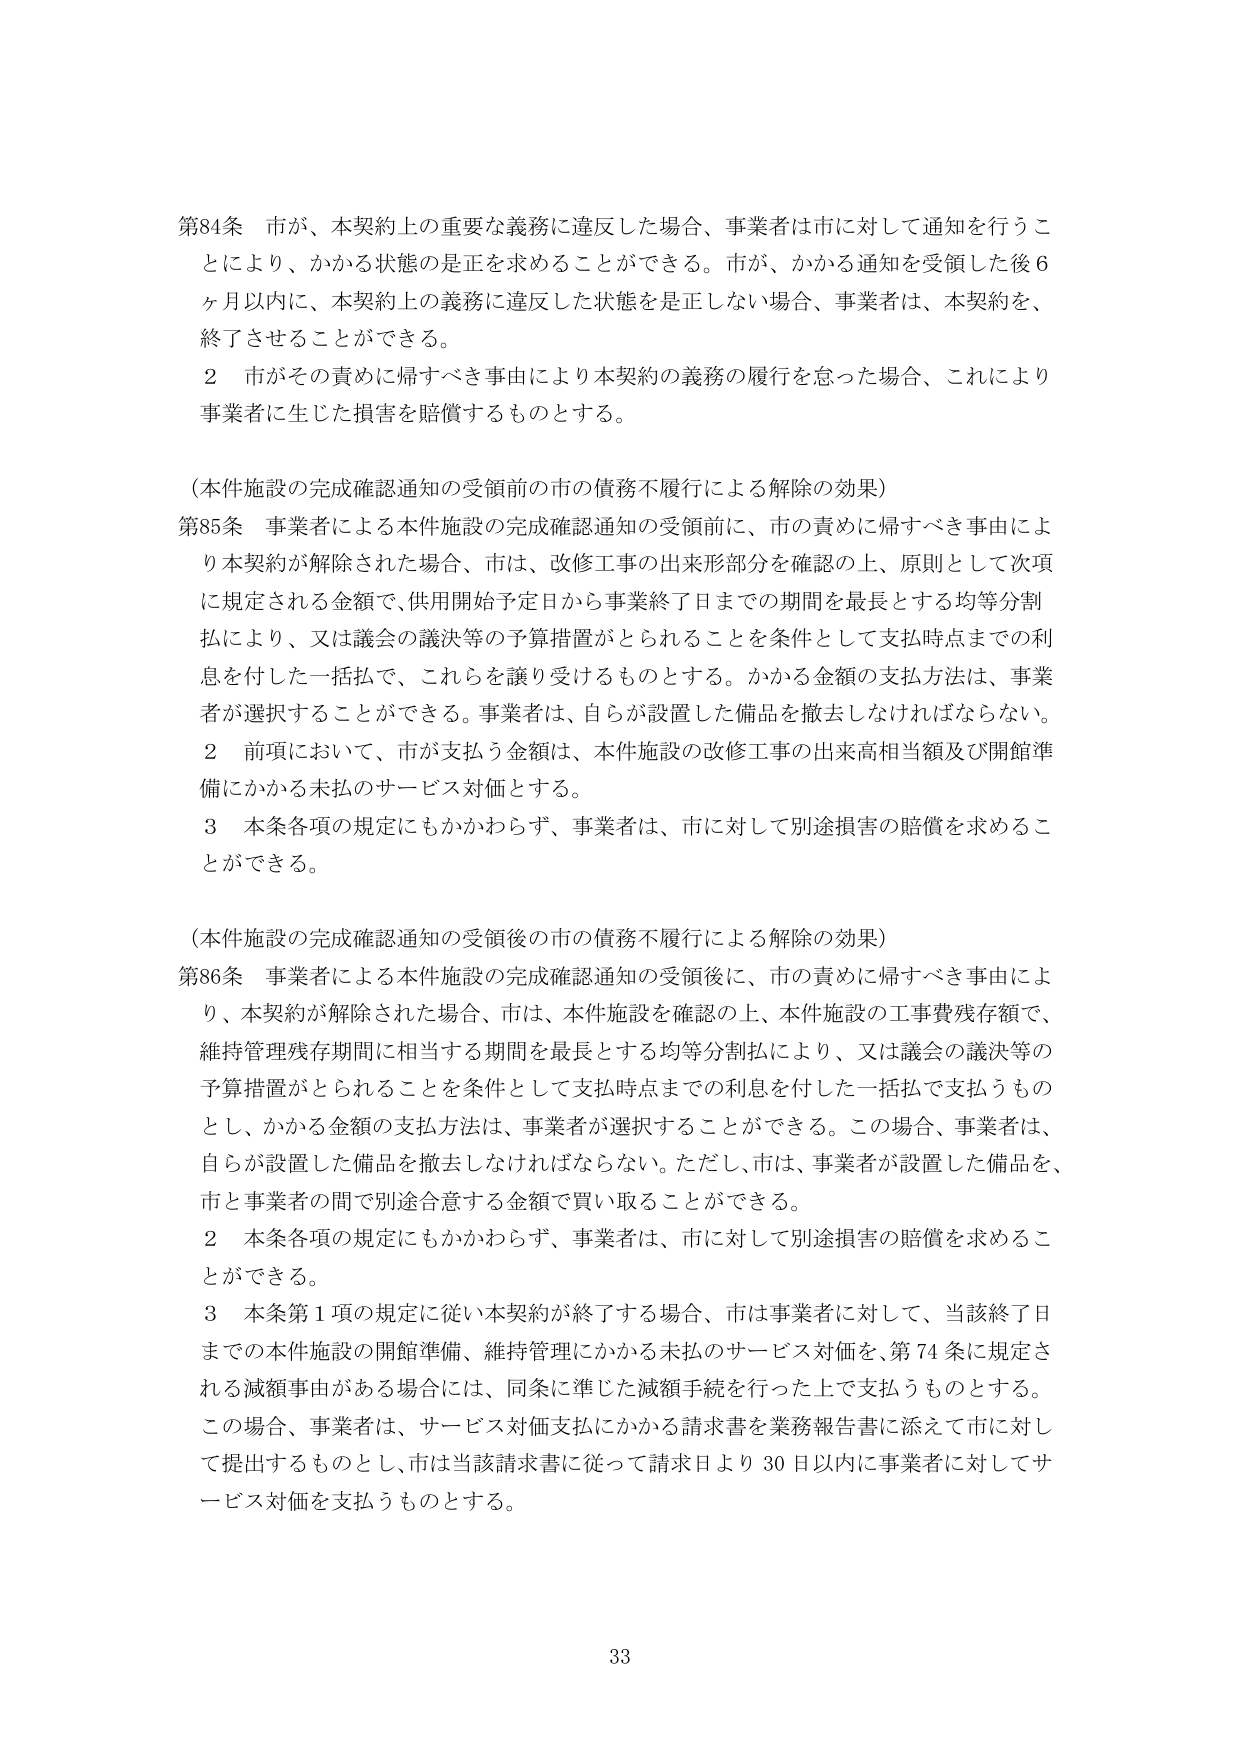
第84条 市が、本契約上の重要な義務に違反した場合、事業者は市に対して通知を行うことにより、かかる状態の是正を求めることができる。市が、かかる通知を受領した後６ヶ月以内に、本契約上の義務に違反した状態を是正しない場合、事業者は、本契約を、終了させることができる。

２ 市がその責めに帰すべき事由により本契約の義務の履行を怠った場合、これにより事業者に生じた損害を賠償するものとする。

（本件施設の完成確認通知の受領前の市の債務不履行による解除の効果）

第85条 事業者による本件施設の完成確認通知の受領前に、市の責めに帰すべき事由により本契約が解除された場合、市は、改修工事の出来形部分を確認の上、原則として次項に規定される金額で、供用開始予定日から事業終了日までの期間を最長とする均等分割払により、又は議会の議決等の予算措置がとられることを条件として支払時点までの利息を付した一括払で、これらを譲り受けるものとする。かかる金額の支払方法は、事業者が選択することができる。事業者は、自らが設置した備品を撤去しなければならない。

２ 前項において、市が支払う金額は、本件施設の改修工事の出来高相当額及び開館準備にかかる未払のサービス対価とする。

３ 本条各項の規定にもかかわらず、事業者は、市に対して別途損害の賠償を求めることができる。

（本件施設の完成確認通知の受領後の市の債務不履行による解除の効果）

第86条 事業者による本件施設の完成確認通知の受領後に、市の責めに帰すべき事由により、本契約が解除された場合、市は、本件施設を確認の上、本件施設の工事費残存額で、維持管理残存期間に相当する期間を最長とする均等分割払により、又は議会の議決等の予算措置がとられることを条件として支払時点までの利息を付した一括払で支払うものとし、かかる金額の支払方法は、事業者が選択することができる。この場合、事業者は、自らが設置した備品を撤去しなければならない。ただし、市は、事業者が設置した備品を、市と事業者の間で別途合意する金額で買い取ることができる。

２ 本条各項の規定にもかかわらず、事業者は、市に対して別途損害の賠償を求めることができる。

３ 本条第１項の規定に従い本契約が終了する場合、市は事業者に対して、当該終了日までの本件施設の開館準備、維持管理にかかる未払のサービス対価を、第74条に規定される減額事由がある場合には、同条に準じた減額手续を行った上で支払うものとする。この場合、事業者は、サービス対価支払にかかる請求書を業務報告書に添えて市に対して提出するものとし、市は当該請求書に従って請求日より30日以内に事業者に対してサービス対価を支払うものとする。

33